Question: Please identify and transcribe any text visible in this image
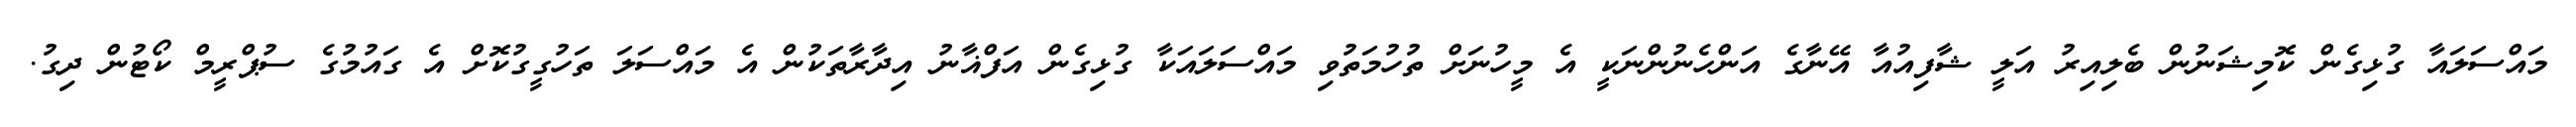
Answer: މައްސަލައާ ގުޅިގެން ކޮމިޝަނުން ބެލިއިރު އަލީ ޝާފިއުއާ އޭނާގެ އަންހެނުންނަކީ އެ މީހުނަށް ތުހުމަތުވި މައްސަލައަކާ ގުޅިގެން އަފްޣާނު އިދާރާތަކުން އެ މައްސަލަ ތަހުގީގުކޮށް އެ ގައުމުގެ ސުޕްރީމް ކޯޓުން ދިގު.